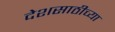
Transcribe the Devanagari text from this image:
देशसाठीच्या